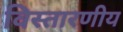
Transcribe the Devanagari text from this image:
विस्तारणीय